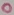
Text: 0